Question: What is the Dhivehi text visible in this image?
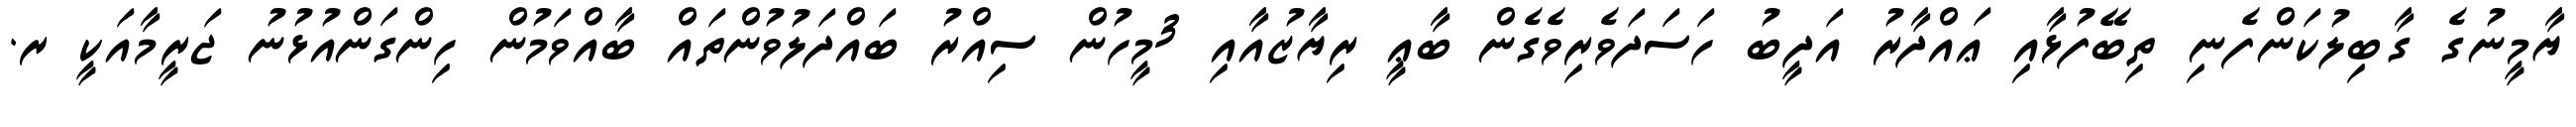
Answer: ޔާމީނުގެ ގާބިލުކަންފެނި ތިބޭފުޅާއި ޢައްދާރު އަދީބު ހަސަދަވެރިވެގެން ބާޢީ ރިޔާޒުއާއި 3މީހުން ސިއްރު ބައްދަލުވުންތައް ބާއްވަމުން ހިންގަންއުޅުނު ޖަރީމާއަކީ ރ.